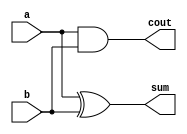
module g_halfadder(input a,b, output sum,cout);
    xor(sum, a,b);
    and(cout, a,b);
endmodule